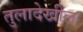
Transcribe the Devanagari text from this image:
तुलादेखील